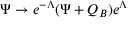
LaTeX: \Psi \to e ^ { - \Lambda } ( \Psi + Q _ { B } ) e ^ { \Lambda }